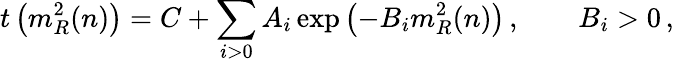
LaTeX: t\left(m_{R}^{2}(n)\right)=C+\sum_{i>0}A_{i}\exp\left(-B_{i}m_{R}^{2}(n)\right)\, ,\qquad B_{i}>0\, ,